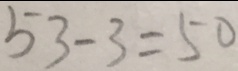
5 3 - 3 = 5 0